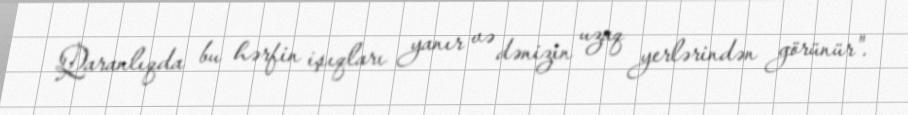
Qaranlıqda bu hərfin işıqları yanır və dənizin uzaq yerlərindən görünür".